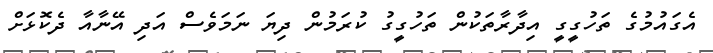
އެގައުމުގެ ތަހުގީގީ އިދާރާތަކުން ތަހުގީގު ކުރަމުން ދިޔަ ނަމަވެސް އަދި އޭނާއާ ދެކޮޅަށް